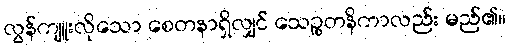
လွန်ကျူးလိုသော စေတနာရှိလျှင် သေဉ္စတနိကာလည်း မည်၏။